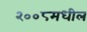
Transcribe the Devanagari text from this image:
२००८मधील